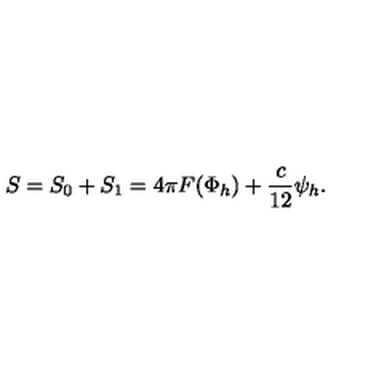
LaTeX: S = S _ { 0 } + S _ { 1 } = 4 \pi F ( \Phi _ { h } ) + { \frac { c } { 1 2 } } \psi _ { h } .